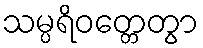
သမ္ပရိဝတ္တေတွာ